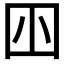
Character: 𡆧